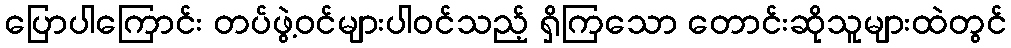
ပြောပါကြောင်း တပ်ဖွဲ့ဝင်များပါဝင်သည့် ရှိကြသော တောင်းဆိုသူများထဲတွင်